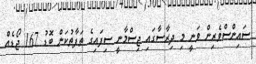
ސައިންސްވެރިން ވަނީ މި ދިރާސާގައި ޖިސްމާނީ ސިފައިގެ ތަފާތުކަން ބޮޑު 167 ޖޯޑެއް